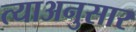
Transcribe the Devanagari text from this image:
त्याअनुसार